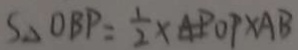
S _ { \Delta } O B P = \frac { 1 } { 2 } \times O P \times A B